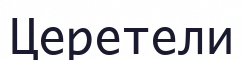
Церетели